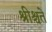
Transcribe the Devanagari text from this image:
श्रीश्चते